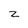
Character: z